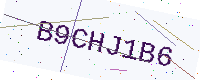
Text: B9CHJ1B6